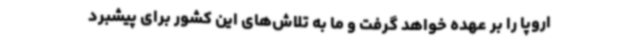
اروپا را بر عهده خواهد گرفت و ما به تلاش‌های این کشور برای پیشبرد